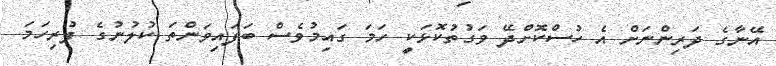
އޭނާގެ ދަރިންނަށް އެ ހުސްކޮށްދޭ ވަގުތުކޮޅަކީ ހަމަ ގައިމުވެސް ބަފައިވަންތަ ކުލުނުގެ ފުރިހަމަ